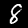
Digit: 8